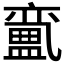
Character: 𱲝